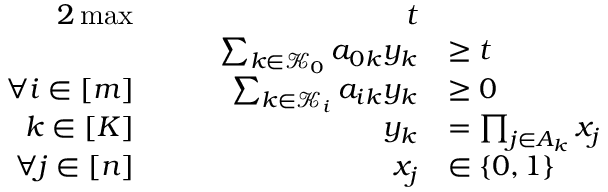
\begin{array} { r l r l } { { 2 } \operatorname* { m a x } } & { } & { \quad t } \\ & { } & { \quad \sum _ { k \in { \mathcal K } _ { 0 } } a _ { 0 k } y _ { k } } & { \ge t } \\ { \forall i \in [ m ] } & { } & { \quad \sum _ { k \in { \mathcal K } _ { i } } a _ { i k } y _ { k } } & { \ge 0 } \\ { \quad k \in [ K ] } & { } & { \quad y _ { k } } & { = \prod _ { j \in A _ { k } } x _ { j } } \\ { \forall j \in [ n ] } & { } & { \quad x _ { j } } & { \in \{ 0 , 1 \} } \end{array}